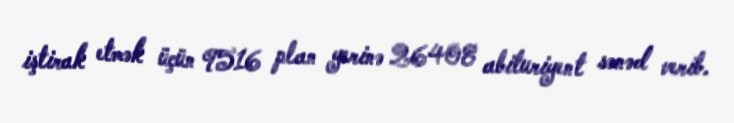
iştirak etmək üçün 9516 plan yerinə 26408 abituriyent sənəd verib.